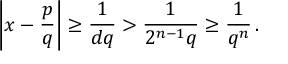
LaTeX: \left| x - { \frac { p } { q } } \right| \geq { \frac { 1 } { d q } } > { \frac { 1 } { 2 ^ { n - 1 } q } } \geq { \frac { 1 } { q ^ { n } } } \, .